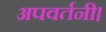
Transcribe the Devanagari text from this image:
अपवर्तनी।